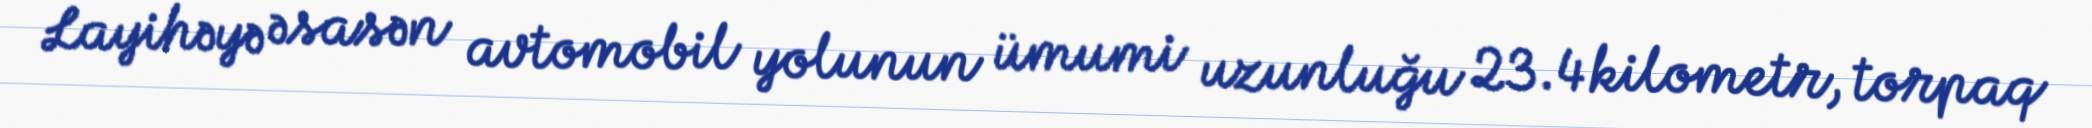
Layihəyə əsasən avtomobil yolunun ümumi uzunluğu 23.4 kilometr, torpaq